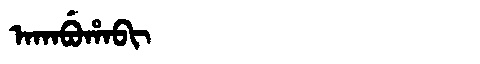
Manchu: ᠠᡴᠠᠪᡠᡥᠠᠪᡳ
Romanization: AKABUHABI